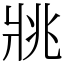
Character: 𤕷